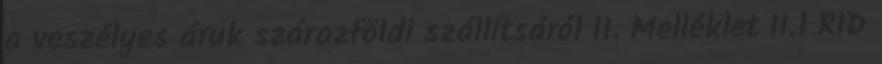
a veszélyes áruk szárazföldi szállítsáról II. Melléklet II.1 RID